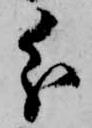
分